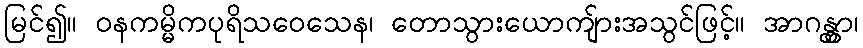
မြင်၍။ ဝနကမ္မိကပုရိသဝေသေန၊ တောသွားယောကျ်ားအသွင်ဖြင့်။ အာဂန္တွာ၊